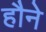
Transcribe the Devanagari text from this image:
हौने